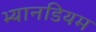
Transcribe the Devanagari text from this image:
भ्यानडियम